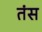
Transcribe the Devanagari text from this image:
तंस